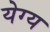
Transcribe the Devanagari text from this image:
येग्य